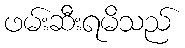
ဖမ်းဆီးရမိသည်